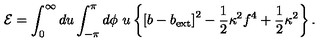
{ \cal E } = \int _ { 0 } ^ { \infty } d u \int _ { - \pi } ^ { \pi } d \phi \ u \left\{ \left[ b - b _ { \mathrm { e x t } } \right] ^ { 2 } - \frac { 1 } { 2 } \kappa ^ { 2 } f ^ { 4 } + \frac { 1 } { 2 } \kappa ^ { 2 } \right\} .